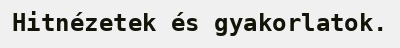
Hitnézetek és gyakorlatok.